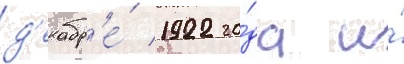
д'екабр'е́ 1922 го́да и́